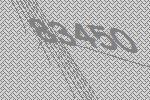
83450